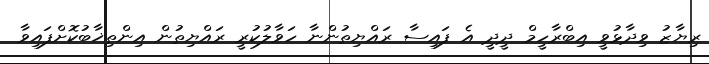
ރިޔާޒު ވިދާޅުވީ އިބްރާހީމް ދީދީ އެ ފައިސާ ރައްޔިތުންނާ ހަވާލުކުރީ ރައްޔިތުން އިންތިޚާބުކޮށްފައިވާ